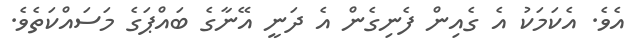
އެވެ. އެކަމަކު އެ ގެއިން ފެނިގެން އެ ދަނީ އޭނާގެ ބައްޕަގެ މަސައްކަތެވެ.